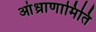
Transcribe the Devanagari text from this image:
आंध्राणामिति